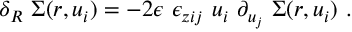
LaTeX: \delta _ { R } \, \, \Sigma ( r , u _ { i } ) = - 2 \epsilon \, \, \epsilon _ { z i j } \, \, u _ { i } \, \, \partial _ { u _ { j } } \ \Sigma ( r , u _ { i } ) \ .